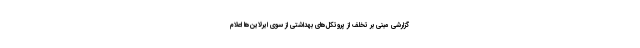
گزارشی مبنی بر تخلف از پروتکل‌های بهداشتی از سوی ایرلاین‌ها اعلام